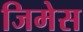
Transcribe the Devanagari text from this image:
जिमेस